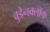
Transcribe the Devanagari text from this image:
वुडेनक्लॉक